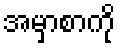
အမှာစာကို